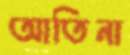
আতিনা